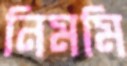
নিমমি